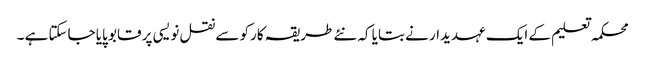
محکمہ تعلیم کے ایک عہدیدار نے بتایا کہ نئے طریقہ کارکو سے نقل نویسی پر قابو پایا جاسکتا ہے ۔